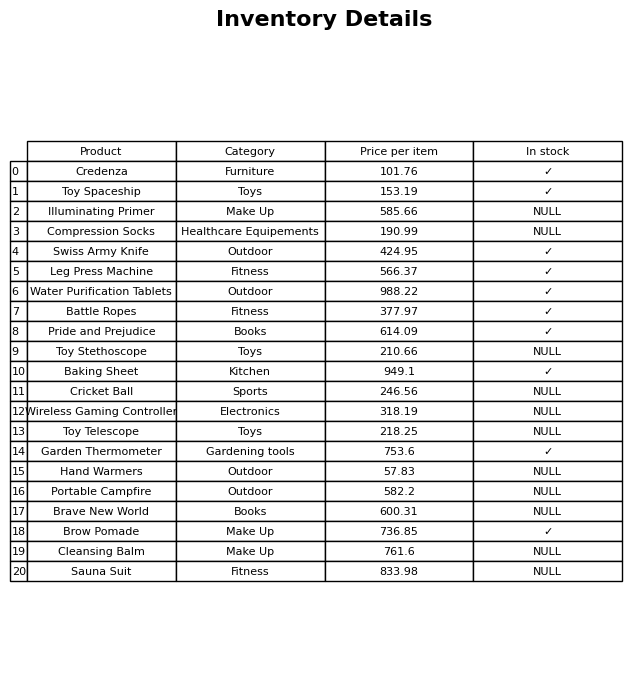
question: Is the Battle Ropes in stock?
answer: ✓